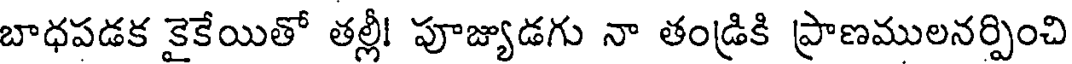
బాధపడక కైకేయితో తల్లీ! పూజ్యుడగు నా తండ్రికి ప్రాణములనర్పించి